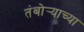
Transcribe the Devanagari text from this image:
तंबोर्‍याच्या